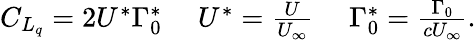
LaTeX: \begin{array}{r}{C_{L_{q}}=2U^{*}\Gamma_{0}^{*}\quad\; U^{*}=\frac{U}{U_{\infty}}\quad\; \Gamma_{0}^{*}=\frac{\Gamma_{0}}{cU_{\infty}}.}\end{array}